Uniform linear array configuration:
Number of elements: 48
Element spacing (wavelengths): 1
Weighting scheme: hamming
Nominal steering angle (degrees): -60
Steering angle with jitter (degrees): -61.246
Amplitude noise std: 0.05
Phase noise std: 0.05

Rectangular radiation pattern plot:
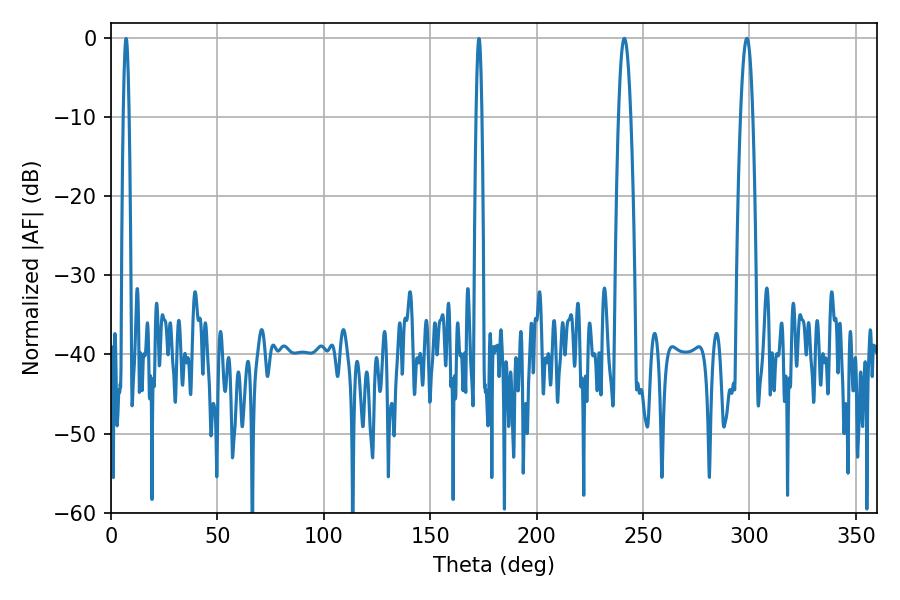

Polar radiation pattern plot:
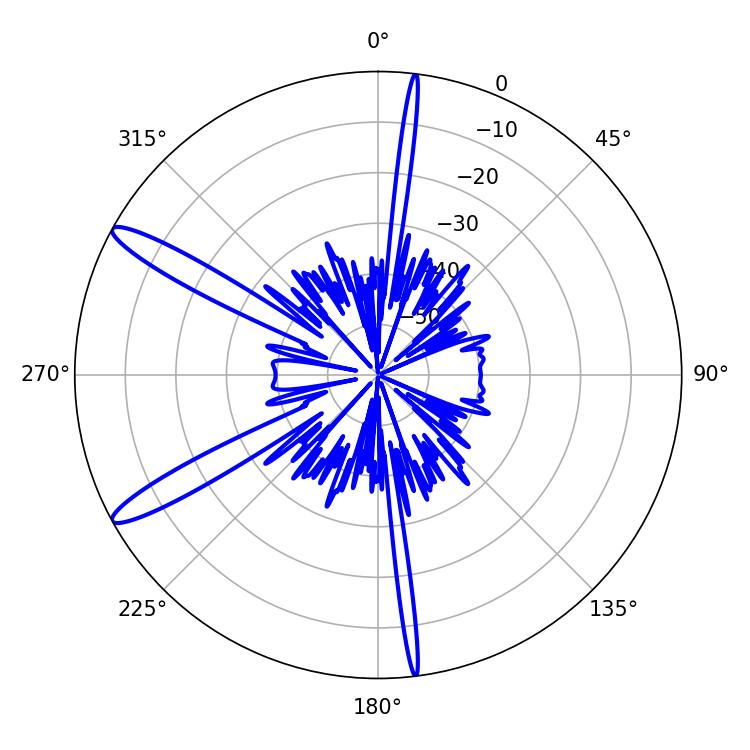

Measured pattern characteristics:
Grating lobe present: TRUE
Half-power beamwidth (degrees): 3.06
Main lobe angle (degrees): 241.2